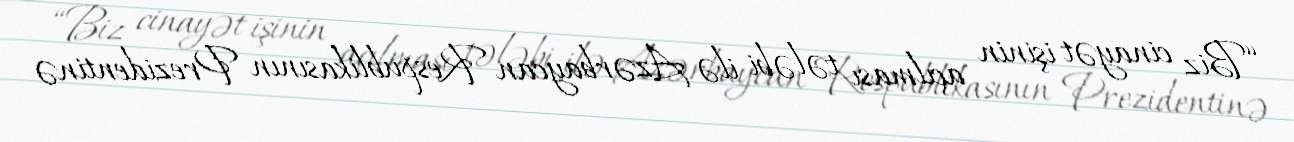
“Biz cinayət işinin açılması tələbi ilə Azərbaycan Respublikasının Prezidentinə